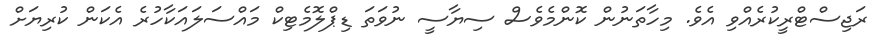
ރަޖިސްޓްރީކުރެއްވި އެވެ. މިހާތަނުން ކޮންމެވެސް ސިޔާސީ ނުވަތަ ޑިޕްލޮމެޓިކް މައްސަލައަކާހުރެ އެކަން ކުރިޔަށް